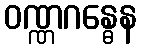
ဝဏ္ဏဂန္ဓေန